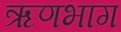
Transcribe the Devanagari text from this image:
ऋणभाग